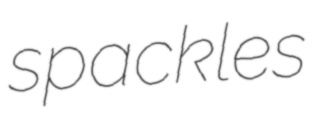
spackles